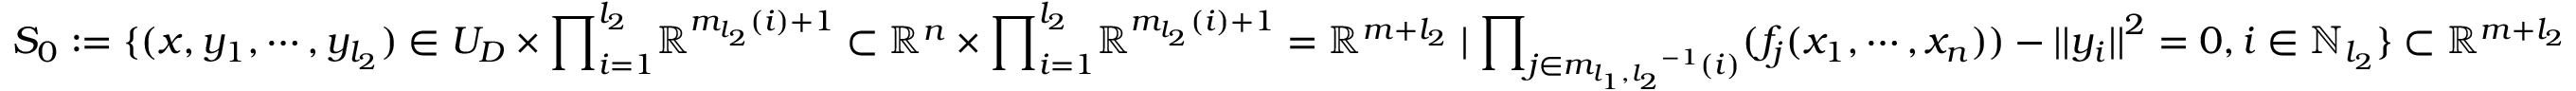
S _ { 0 } : = \{ ( x , y _ { 1 } , \cdots , y _ { l _ { 2 } } ) \in U _ { D } \times { \prod } _ { i = 1 } ^ { l _ { 2 } } { \mathbb { R } } ^ { m _ { l _ { 2 } } ( i ) + 1 } \subset { \mathbb { R } } ^ { n } \times { \prod } _ { i = 1 } ^ { l _ { 2 } } { \mathbb { R } } ^ { m _ { l _ { 2 } } ( i ) + 1 } = { \mathbb { R } } ^ { m + l _ { 2 } } \mid { \prod } _ { j \in { m _ { l _ { 1 } , l _ { 2 } } } ^ { - 1 } ( i ) } ( f _ { j } ( x _ { 1 } , \cdots , x _ { n } ) ) - { | | y _ { i } | | } ^ { 2 } = 0 , i \in { \mathbb { N } } _ { l _ { 2 } } \} \subset { \mathbb { R } } ^ { m + l _ { 2 } }